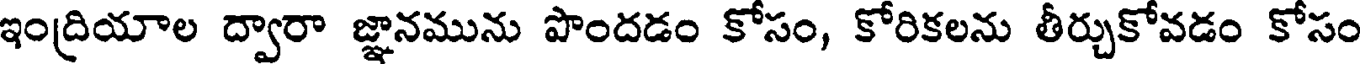
ఇంద్రియాల ద్వారా జ్ఞానమును పొందడం కోసం, కోరికలను తీర్చుకోవడం కోసం